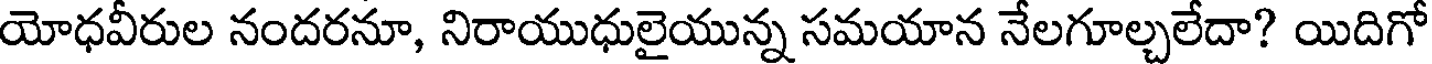
యోధవీరుల నందరనూ, నిరాయుధులైయున్న సమయాన నేలగూల్చలేదా? యిదిగో